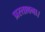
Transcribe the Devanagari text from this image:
प्रस्तावना।